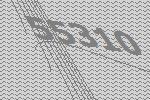
55310